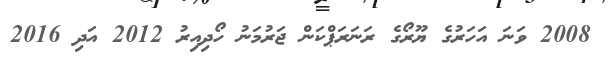
2008 ވަނަ އަހަރުގެ ޔޫރޯގެ ރަނަރަޕްކަން ޖަރުމަނު ހޯދިއިރު 2012 އަދި 2016